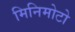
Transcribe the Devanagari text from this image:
मिनिमोटो